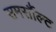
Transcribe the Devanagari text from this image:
समर्सौल्ट